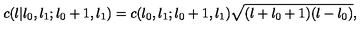
c ( l | l _ { 0 } , l _ { 1 } ; l _ { 0 } + 1 , l _ { 1 } ) = c ( l _ { 0 } , l _ { 1 } ; l _ { 0 } + 1 , l _ { 1 } ) \sqrt { ( l + l _ { 0 } + 1 ) ( l - l _ { 0 } ) } ,